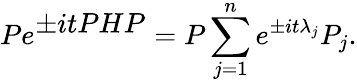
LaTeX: Pe^{\textstyle\pm itPHP}=P\sum_{j=1}^{n}e^{\pm it{\lambda}_{j}}P_{j}.